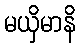
မယှိမာနိ